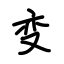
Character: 变